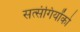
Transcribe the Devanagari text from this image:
सत्‍संगियोंको